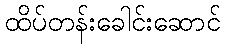
ထိပ်တန်းခေါင်းဆောင်